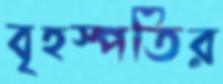
বৃহস্পতির